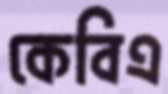
কেবিএ